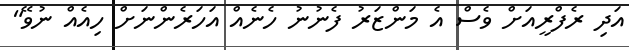
އަދި ރެފްރީއަށް ވެސް އެ މަންޒަރު ފެނުނު ހެނެއް އަހަރެންނަށް ހިއެއް ނުވޭ"